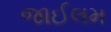
જાઈલમ